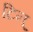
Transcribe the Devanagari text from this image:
टिन्